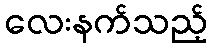
လေးနက်သည့်